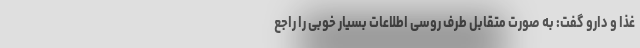
غذا و دارو گفت: به صورت متقابل طرف روسی اطلاعات بسیار خوبی را راجع